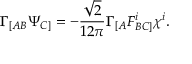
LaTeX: \Gamma _ { [ A B } \Psi _ { C ] } = - \frac { \sqrt { 2 } } { 1 2 \pi } \Gamma _ { [ A } F _ { B C ] } ^ { i } \chi ^ { i } .